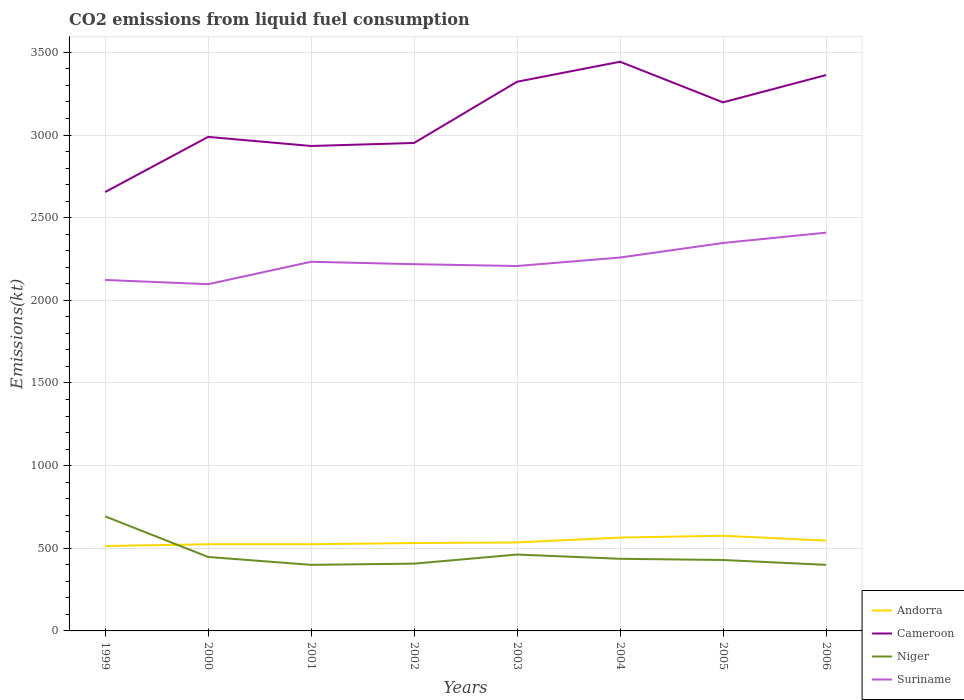
| Years | Andorra | Cameroon | Niger | Suriname |
 | --- | --- | --- | --- | --- |
 | 1999 | 513 | 2.65e+03 | 693 | 2.12e+03 |
 | 2000 | 524 | 2.99e+03 | 447 | 2.1e+03 |
 | 2001 | 524 | 2.93e+03 | 400 | 2.23e+03 |
 | 2002 | 532 | 2.95e+03 | 407 | 2.22e+03 |
 | 2003 | 535 | 3.32e+03 | 462 | 2.21e+03 |
 | 2004 | 565 | 3.44e+03 | 436 | 2.26e+03 |
 | 2005 | 576 | 3.2e+03 | 429 | 2.35e+03 |
 | 2006 | 546 | 3.36e+03 | 400 | 2.41e+03 |